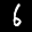
Label: 6